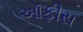
ઑફીસ